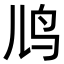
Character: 𬷼